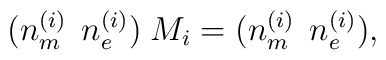
(n_{m}^{(i)} \: \: n_{e}^{(i)}) \; M_{i} = (n_{m}^{(i)} \: \:n_{e}^{(i)}),